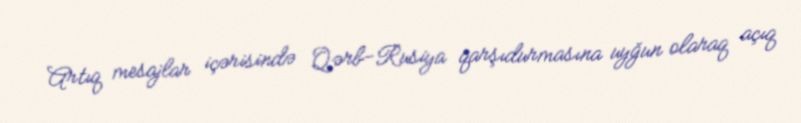
Artıq mesajlar içərisində Qərb-Rusiya qarşıdurmasına uyğun olaraq açıq